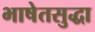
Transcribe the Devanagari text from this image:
भाषेतसुद्धा